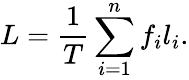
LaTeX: L=\frac{1}{T}\sum_{i=1}^{n}f_{i}l_{i}.